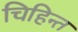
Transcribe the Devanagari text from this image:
चिहिन्त